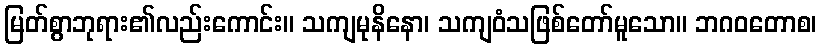
မြတ်စွာဘုရား၏လည်းကောင်း။ သကျမုနိနော၊ သကျဝံသဖြစ်တော်မူသော။ ဘဂဝတောစ၊